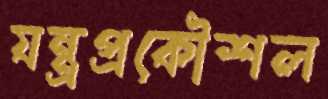
যন্ত্রপ্রকৌশল